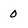
Character: 0